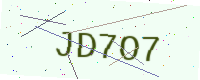
Text: JD7O7